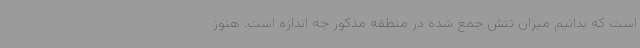
است که بدانیم میزان تنش جمع شده در منطقه مذکور چه اندازه است. هنوز